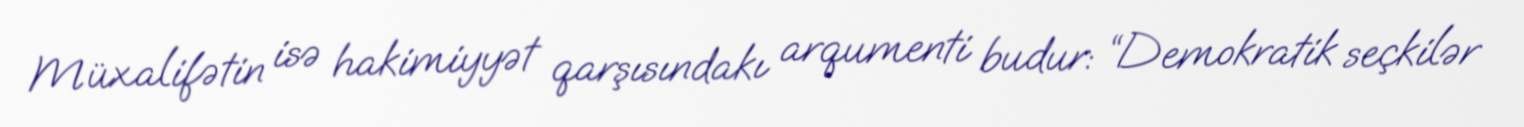
Müxalifətin isə hakimiyyət qarşısındakı arqumenti budur: “Demokratik seçkilər